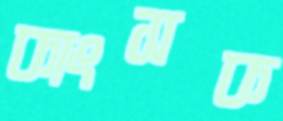
কাংসক